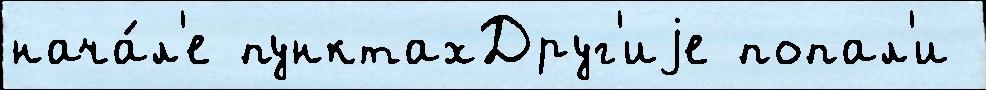
нача́л'е пунктахДруг'иjе попал'и